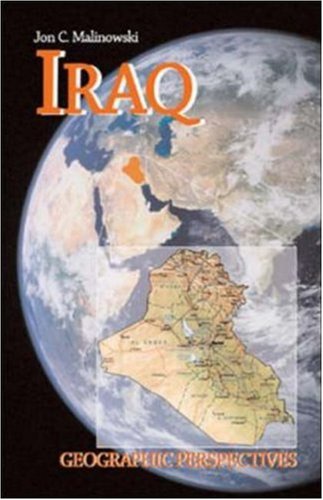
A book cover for Iraq: Geographic Perspectives; Jon C. Malinowski; Travel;